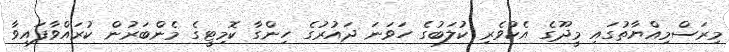
މިރަސްމިއްޔާތުގައި މީދޫގެ އެކުވެރި ކުލަބުގެ ހަވަނަ ދައުރުގެ ހިންގާ ކޮމިޓީގެ މެންބަރުން ކުރައްވާފައިވާ